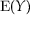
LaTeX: \operatorname { E } ( Y )